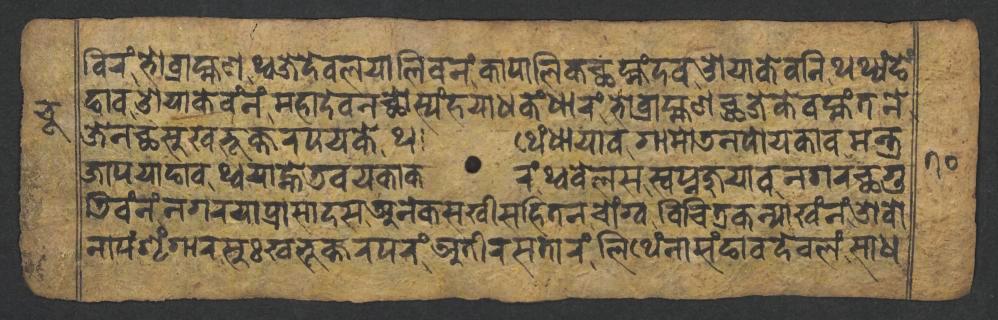
𑐧𑐶𑐬𑑄𑐨𑑀𑐧𑑂𑐬𑐵𑐴𑑂𑐩𑐞𑐠𑑂𑐰𑐖𑐾𑐡𑐾𑐰𑐮𑐫𑐵𑐮𑐶𑐰𑐣𑑄𑐎𑐵𑐥𑐵𑐮𑐶𑐎𑐕𑐩𑑂𑐴𑑄𑐡𑐰𑐌𑐫𑐵𑐎𑐾𑐰𑐣𑐶𑐠𑐠𑑂𑐫𑑄 𑐒𑐾𑑄𑐒𑐵𑐰𑐌𑐫𑐵𑐎𑐾𑐰𑑄𑐣𑑄𑐩𑐴𑐵𑐡𑐾𑐰𑐣𑐕𑑀𑐳𑑂𑐫𑑄𑐴𑐫𑐵𑐢𑐎𑑄𑐢𑐵𑐬𑑄𑐨𑑀𑐧𑑂𑐬𑐵𑐴𑑂𑐩𑐞𑐕𑐖𑐾𑐎𑐾𑐰𑐩𑑂𑐴𑑄𑐟𑐣𑐾 𑐖𑐾𑐣𑐕𑐳𑐸𑐏𑐨𑐸𑐎𑑂𑐟𑐬𑐥𑐫𑐎𑐾𑐠𑐠𑐾𑑄𑐢𑐵𑐫𑐵𑐰𑐐𑐵𑐩𑑀𑐜𑐣𑐥𑑀𑐫𑐎𑐵𑐰𑐩𑐣𑑂𑐟𑑂𑐬 𑐖𑐵𑐥𑐫𑐵𑐒𑐵𑐰𑐠𑑂𑐰𑐫𑐵𑐣𑑂𑐴𑐾𑐜𑐰𑐫𑐎𑐵𑐎𑐬𑑄𑐠𑑂𑐰𑐧𑐾𑐮𑐳𑐳𑑂𑐰𑐥𑑂𑐣𑐖𑐸𑐫𑐵𑐰𑐣𑐐𑐬𑐕𑐐𑐸 𑐜𑐶𑐰𑑄𑐣𑑄𑐣𑐐𑐬𑐫𑐵𑐥𑑂𑐬𑐵𑐳𑐵𑐡𑐳𑐀𑐣𑐾𑐎𑐳𑐏𑐷𑐳𑐴𑐶𑐟𑐣𑐔𑑀𑑄𑐐𑑂𑐰𑐰𑐶𑐔𑐶𑐟𑑂𑐬𑐎𑐣𑑂𑐫𑐵𑐏𑑄𑐣𑑄𑐌𑐰𑑀 𑐣𑐵𑐥𑑄𑐱𑐺𑑄𑐐𑐵𑐬𑐳𑐸𑑅𑐏𑐨𑐸𑐎𑑂𑐟𑐬𑐥𑐬𑑄𑐀𑐟𑐷𑐬𑐳𑐟𑐵𑐬𑑄𑐮𑐶𑐠𑐾𑑄𑐣𑐵𑐳𑑄𑐒𑐵𑐰𑐡𑐾𑐰𑐮𑑄𑐳𑐵𑐢